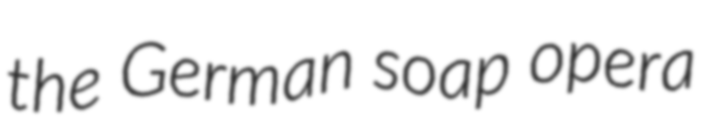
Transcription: the German soap opera